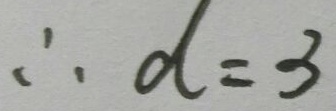
\therefore d = 3